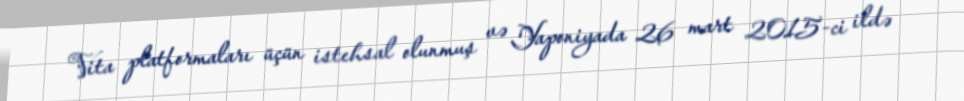
Vita platformaları üçün istehsal olunmuş və Yaponiyada 26 mart 2015-ci ildə